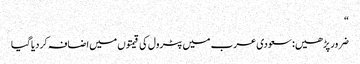
“
ضرور پڑھیں: سعودی عرب میں پٹرول کی قیمتوں میں اضافہ کردیاگیا